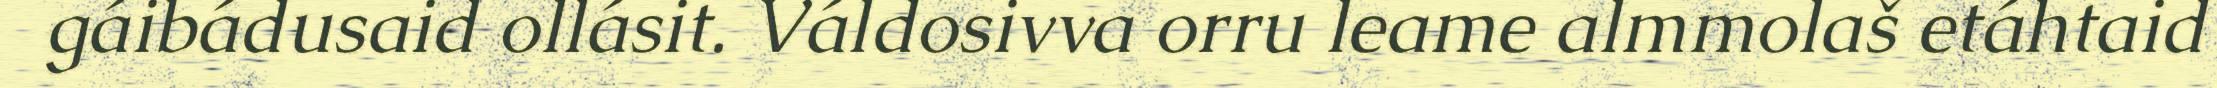
gáibádusaid ollásit. Váldosivva orru leame almmolaš etáhtaid